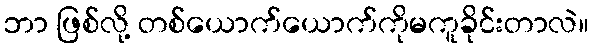
ဘာ ဖြစ်လို့ တစ်ယောက်ယောက်ကိုမကူခိုင်းတာလဲ။